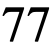
77